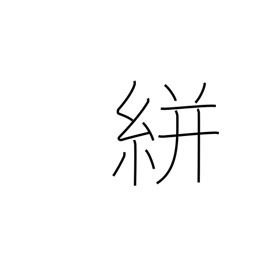
Meaning: splashed pattern (on cloth)